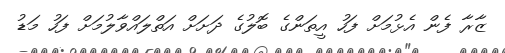
ޒާރާ ފެން އެޅުމަށް ފަހު އީތަންގެ ބޮލުގެ ދަށަށް އަތްލައްވާލުމަށް ފަހު މަޑު